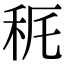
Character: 𥝾